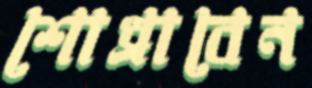
শোধ্‌রাবেন